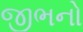
જીભનો